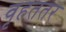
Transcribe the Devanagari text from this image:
वृहततर